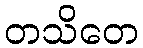
တသိတေ